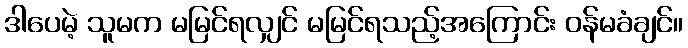
ဒါပေမဲ့ သူမက မမြင်ရလျှင် မမြင်ရသည့်အကြောင်း ဝန်မခံချင်။